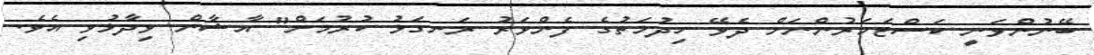
ބޭނުންވަނީ ކަސްޓަމަރުންނަށް ދެވޭ ހިދުމަތުގެ ފެންވަރު ރަނގަޅު ކުރުމަށް" އާޝާން ވިދާޅުވި އެވެ.